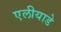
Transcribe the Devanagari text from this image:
एलीयाडे